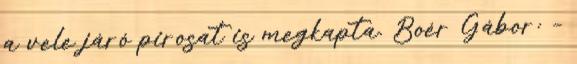
a vele járó pirosat is megkapta. Boér Gábor: –